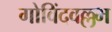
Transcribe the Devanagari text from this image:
गोविंदवल्लभ